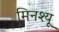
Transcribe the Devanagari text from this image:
मिनश्यू